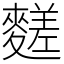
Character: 䴾